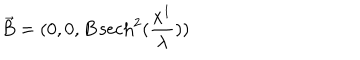
LaTeX: \vec { B } = ( 0 , 0 , B \, \mathrm { s e c h } ^ { 2 } ( \frac { x ^ { 1 } } { \lambda } ) )